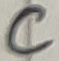
Text: C